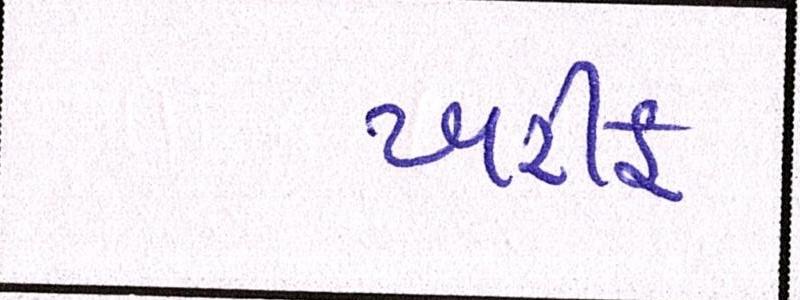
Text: ખરીફ